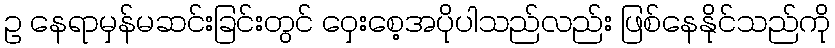
ဥ နေရာမှန်မဆင်းခြင်းတွင် ဝှေးစေ့အပိုပါသည်လည်း ဖြစ်နေနိုင်သည်ကို